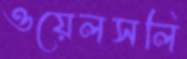
ওয়েলসলি